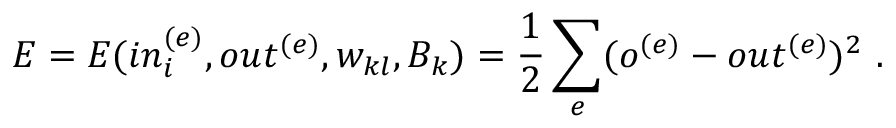
E = E ( i n _ { i } ^ { ( e ) } , o u t ^ { ( e ) } , w _ { k l } , B _ { k } ) = \frac { 1 } { 2 } \sum _ { e } ( o ^ { ( e ) } - o u t ^ { ( e ) } ) ^ { 2 } \ .